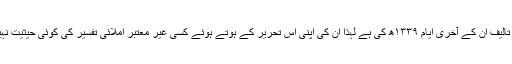
یہ تالیف ان کے آخری ایام ۱۳۳۹ھ کی ہے لہٰذا ان کی اپنی اس تحریر کے ہوتے ہوئے کسی غیر معتبر املائی تفسیر کی کوئی حیثیت نہیں۔